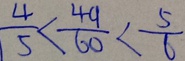
\frac { 4 } { 5 } < \frac { 4 9 } { 6 0 } < \frac { 5 } { 6 }